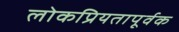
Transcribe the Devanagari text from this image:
लोकप्रियतापूर्वक